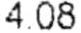
4.08